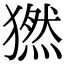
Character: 𤡮